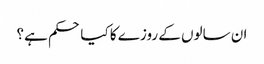
ان سالوں کے روزے کا کیا حکم ہے؟